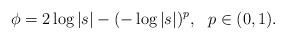
LaTeX: \begin{align*}\phi = 2\log \vert s\vert -(-\log \vert s\vert)^{p}, \ \ p\in (0,1).\end{align*}